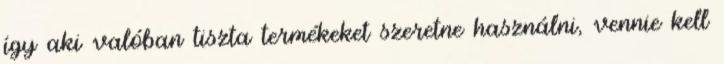
így aki valóban tiszta termékeket szeretne használni, vennie kell